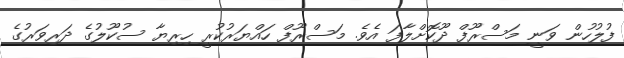
ފުލުހުން ވަނީ މަސްރޫފް ދޫކޮށްލާފަ އެވެ. މަސްރޫފް ހައްޔަރުކުރީ ހިރިޔާ ސުކޫލުގެ ދަރިވަރުގެ